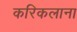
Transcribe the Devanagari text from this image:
करिकलाना